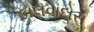
કાલવાદોસ